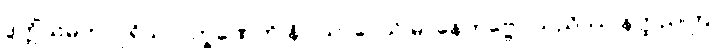
ဒွတ္တိံသမဟာပုရိသလက္ခဏေဟိ နိဝါသာပေသိ မာနေတဗ္ဗော သညိဿ နတ္ထညတြ